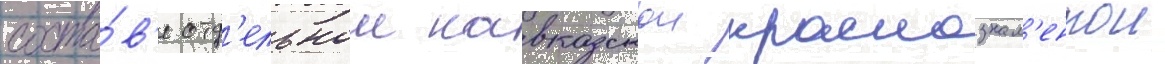
соста́в'е отд'ельнои кавказскои краснознам'еннои